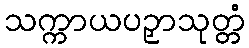
သက္ကာယပဉှာသုတ္တံ